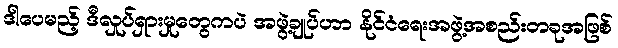
ဒါပေမည့် ဒီလှုပ်ရှားမှုတွေကပဲ အဖွဲ့ချုပ်ဟာ နိုင်ငံရေးအဖွဲ့အစည်းတခုအဖြစ်